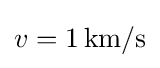
v=1\,\mathrm {km} /\mathrm {s}